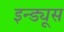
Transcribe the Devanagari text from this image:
इन्ड्यूस